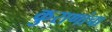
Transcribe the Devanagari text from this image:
कुराणांचा